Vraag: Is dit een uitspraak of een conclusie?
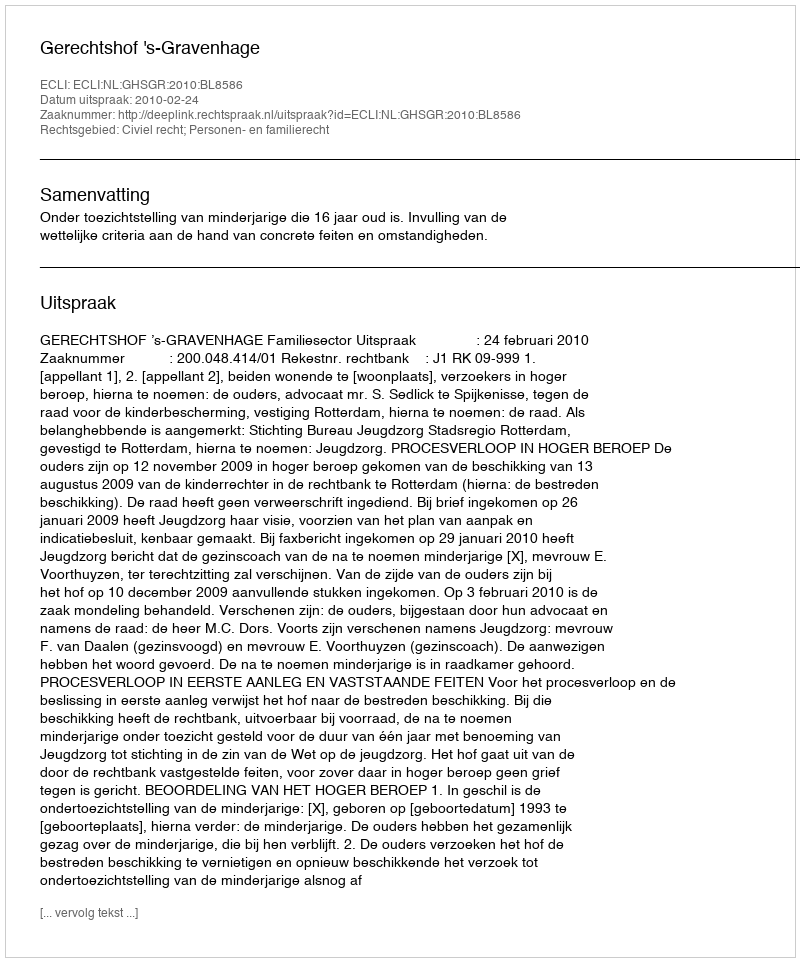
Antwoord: Uitspraak